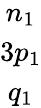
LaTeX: \begin{array}{c}{n_{1}}\\ {3p_{1}}\\ {q_{1}}\end{array}